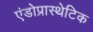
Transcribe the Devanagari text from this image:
एंडोप्रास्थेटिक